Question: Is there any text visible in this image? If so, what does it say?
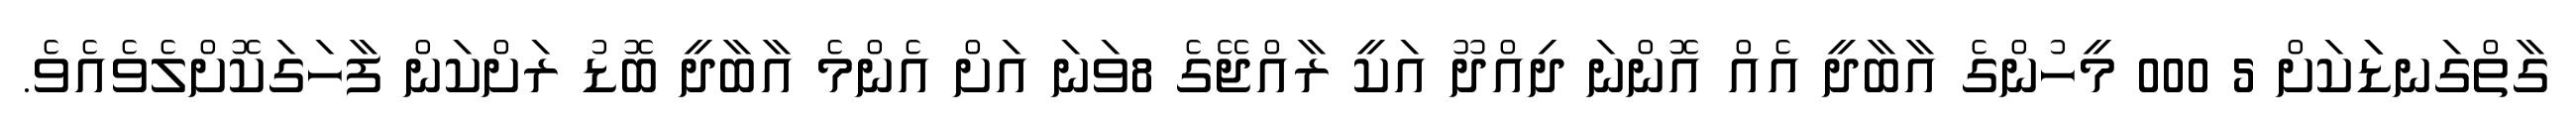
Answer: ގާތްގަނޑަަކަށް 5 000 މީހުންގެ އާބާދީ އެއް އޮންނަ ދިއްދޫ އަކީ ރާއްޖޭގެ 8ވަނަ އަށް އެންމެ އާބާދީ ބޮޑު ރަށްކަން ފާހަގަކޮށްލެވެއެވެ.